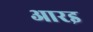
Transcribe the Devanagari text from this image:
आरइ